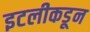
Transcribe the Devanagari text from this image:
इटलीकडून